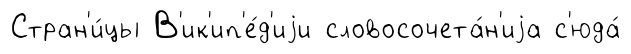
Стран'и́цы В'ик'ип'е́д'иjи словосочета́н'иjа с'юда́